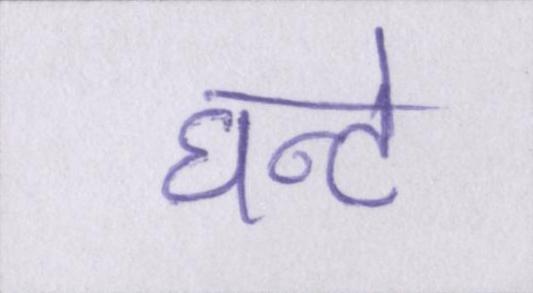
घन्टे